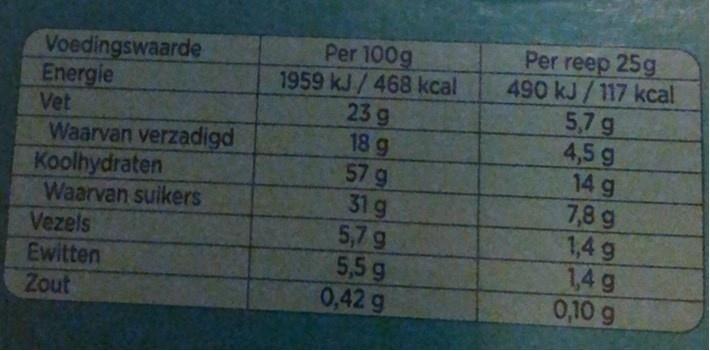
Voedingswaarde Energie Vet Waarvan verzadigd Koolhydraten Waarvan suikers
Per 100g 1959 kJ/ 468 kcal 23 g 18 g 57 g 31 g 5,7 g 5,5 g 0,42 g
Per reep 25g 490 kJ/117 kcal 5,7 g 4,5 g 14 g 7,8 g 1,4 g 1,4 g 0,10 g
Vezels
Ewitten Zout